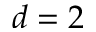
d = 2